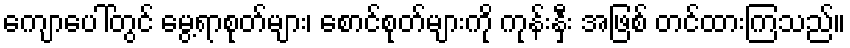
ကျောပေါ်တွင် မွေ့ရာစုတ်များ၊ စောင်စုတ်များကို ကုန်းနှီး အဖြစ် တင်ထားကြသည်။